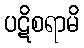
ပဋိစရာမိ